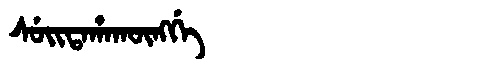
Manchu: ᠰᡠᡳᡨᠠᡥᠠᡴᡡᠩᡤᡝ
Romanization: SUITAHAKŪNGGE